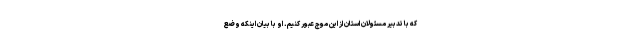
که با تدبیر مسئولان استان از این موج عبور کنیم. او با بیان اینکه وضع